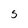
Character: 5